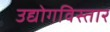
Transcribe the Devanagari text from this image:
उद्योगविस्तार